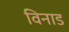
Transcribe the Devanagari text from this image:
विनाड